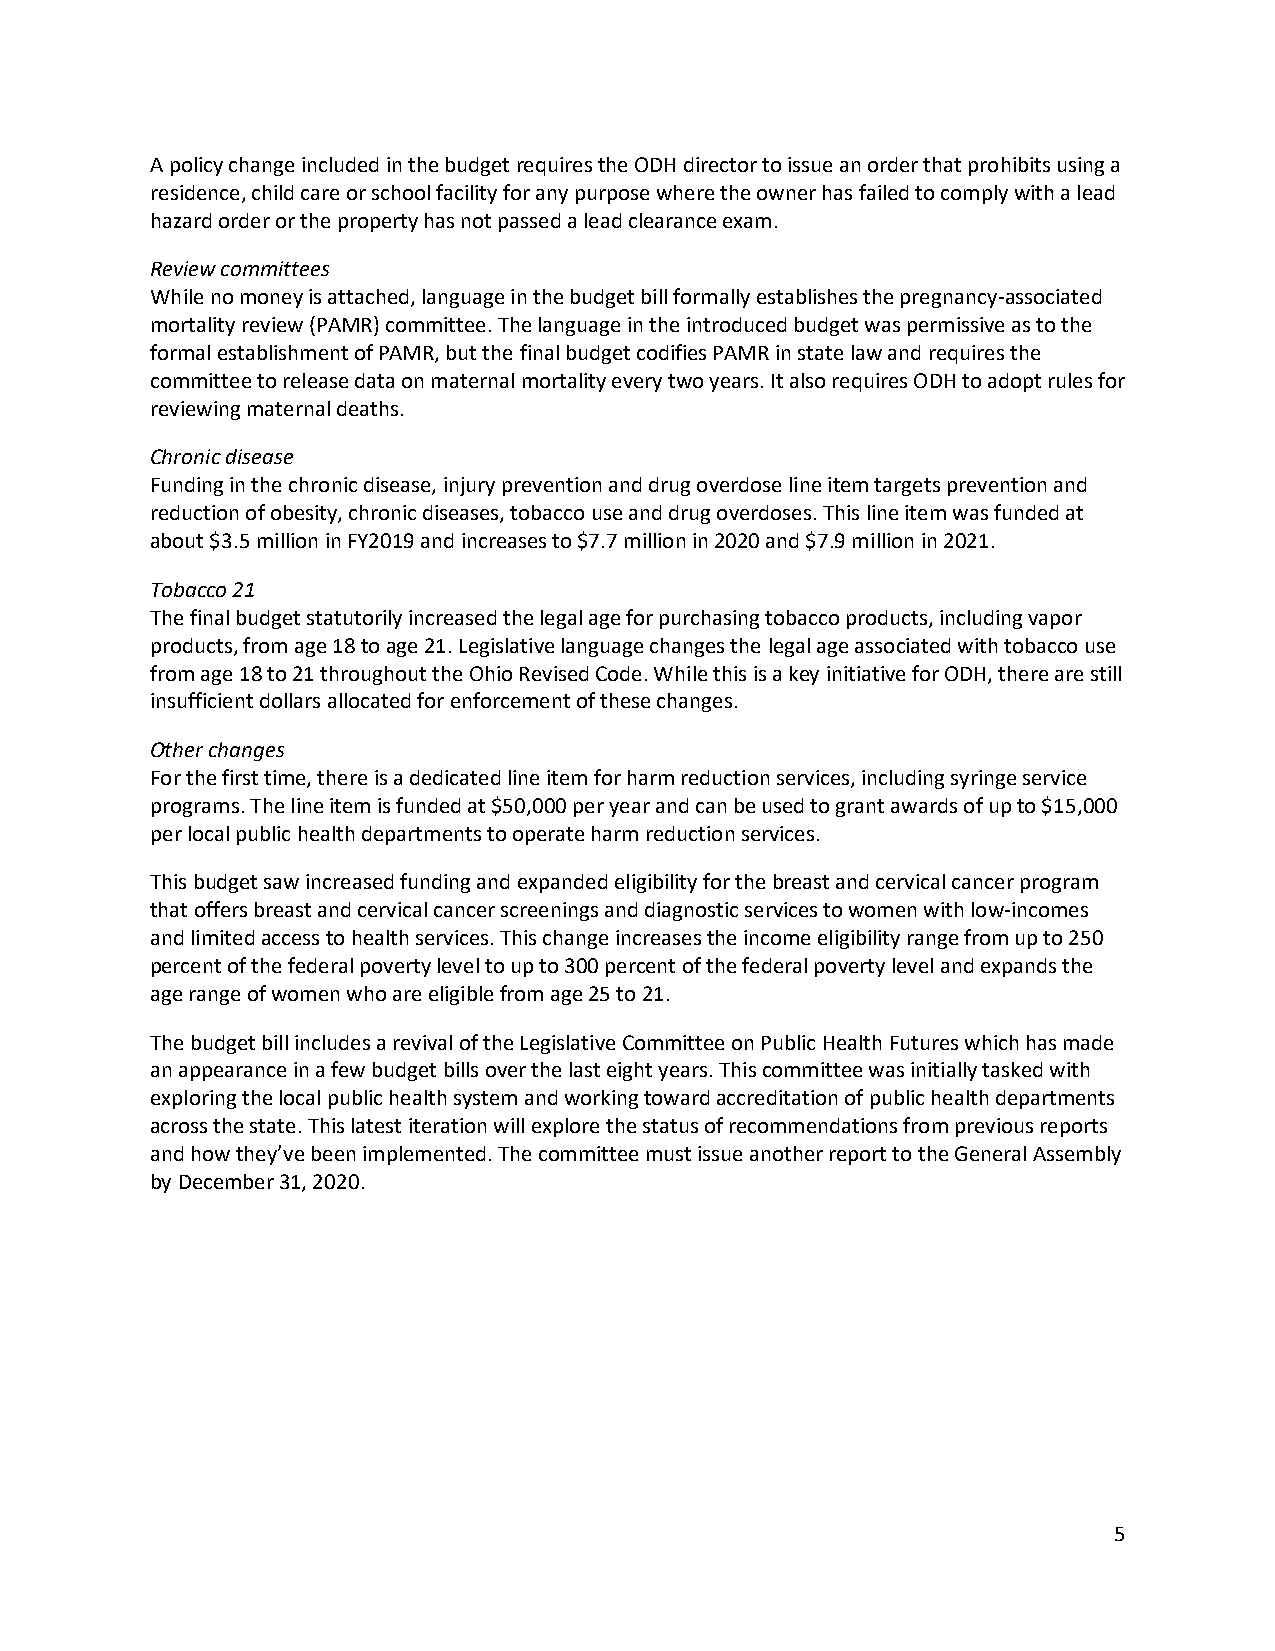
A policy change included in the budget requires the ODH director to issue an order that prohibits using a
 residence, child care or school facility for any purpose where the owner has failed to comply with a lead
 hazard order or the property has not passed a lead clearance exam.
 Review committees
 While no money is attached, language in the budget bill formally establishes the pregnancy-associated
 mortality review (PAMR) committee. The language in the introduced budget was permissive as to the
 formal establishment of PAMR, but the final budget codifies PAMR in state law and requires the
 committee to release data on maternal mortality every two years. It also requires ODH to adopt rules for
 reviewing maternal deaths.
 Chronic disease
 Funding in the chronic disease, injury prevention and drug overdose line item targets prevention and
 reduction of obesity, chronic diseases, tobacco use and drug overdoses. This line item was funded at
 about $3.5 million in FY2019 and increases to $7.7 million in 2020 and $7.9 million in 2021.
 Tobacco 21
 The final budget statutorily increased the legal age for purchasing tobacco products, including vapor
 products, from age 18 to age 21. Legislative language changes the legal age associated with tobacco use
 from age 18 to 21 throughout the Ohio Revised Code. While this is a key initiative for ODH, there are still
 insufficient dollars allocated for enforcement of these changes.
 Other changes
 For the first time, there is a dedicated line item for harm reduction services, including syringe service
 programs. The line item is funded at $50,000 per year and can be used to grant awards of up to $15,000
 per local public health departments to operate harm reduction services.
 This budget saw increased funding and expanded eligibility for the breast and cervical cancer program
 that offers breast and cervical cancer screenings and diagnostic services to women with low-incomes
 and limited access to health services. This change increases the income eligibility range from up to 250
 percent of the federal poverty level to up to 300 percent of the federal poverty level and expands the
 age range of women who are eligible from age 25 to 21.
 The budget bill includes a revival of the Legislative Committee on Public Health Futures which has made
 an appearance in a few budget bills over the last eight years. This committee was initially tasked with
 exploring the local public health system and working toward accreditation of public health departments
 across the state. This latest iteration will explore the status of recommendations from previous reports
 and how they’ve been implemented. The committee must issue another report to the General Assembly
 by December 31, 2020.
 5